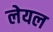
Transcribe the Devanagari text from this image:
लेयल